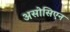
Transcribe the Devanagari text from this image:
असोसिएन